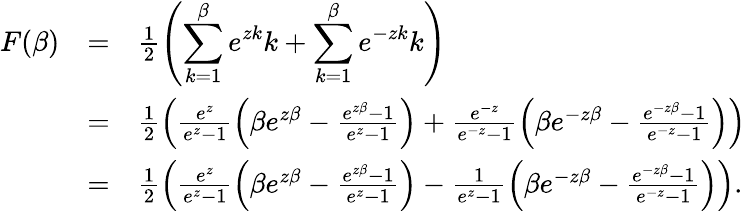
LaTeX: \begin{array}{rcl}{F(\beta)}&{=}&{\frac{1}{2}\left(\displaystyle\sum_{k=1}^{\beta}e^{zk}k+\displaystyle\sum_{k=1}^{\beta}e^{-zk}k\right)}\\ &{=}&{\frac{1}{2}\left(\frac{e^{z}}{e^{z}-1}\left(\beta e^{z\beta}-\frac{e^{z\beta}-1}{e^{z}-1}\right)+\frac{e^{-z}}{e^{-z}-1}\left(\beta e^{-z\beta}-\frac{e^{-z\beta}-1}{e^{-z}-1}\right)\right)}\\ &{=}&{\frac{1}{2}\left(\frac{e^{z}}{e^{z}-1}\left(\beta e^{z\beta}-\frac{e^{z\beta}-1}{e^{z}-1}\right)-\frac{1}{e^{z}-1}\left(\beta e^{-z\beta}-\frac{e^{-z\beta}-1}{e^{-z}-1}\right)\right).}\end{array}